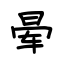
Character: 晕